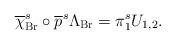
LaTeX: \begin{align*}\overline{\chi }_{\mathrm{Br}}^{s}\circ \overline{p}^{s}\Lambda _{\mathrm{Br}}=\pi _{1}^{s}U_{1,2}. \end{align*}